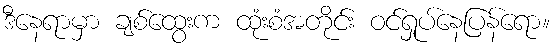
ဒီနေရာမှာ ချစ်ထွေးက ထုံးစံအတိုင်း ဝင်ရှုပ်နေပြန်ရော။